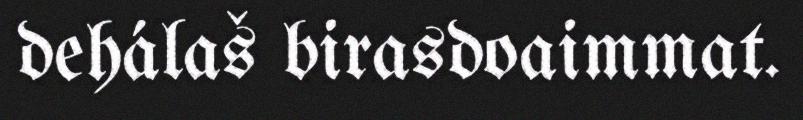
dehálaš birasdoaimmat.